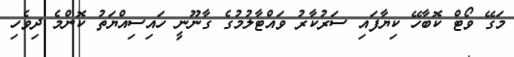
މަގޭ ވޯޓް ކޮބާހޭ ކިޔާފައި ސަރުކާރު ވައްޓާލުމުގެ ގާނޫނީ ހައިސިއްޔަތު ކޮންމެ ދިވެހި